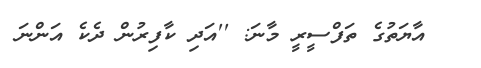
އާޔަތުގެ ތަފްސީރީ މާނަ: ''އަދި ކާފިރުން ދެކެ އަންނަ